Vaccination North-Western Provinces and Oudh 1896-1901 - 1896-1901
Year: 1896
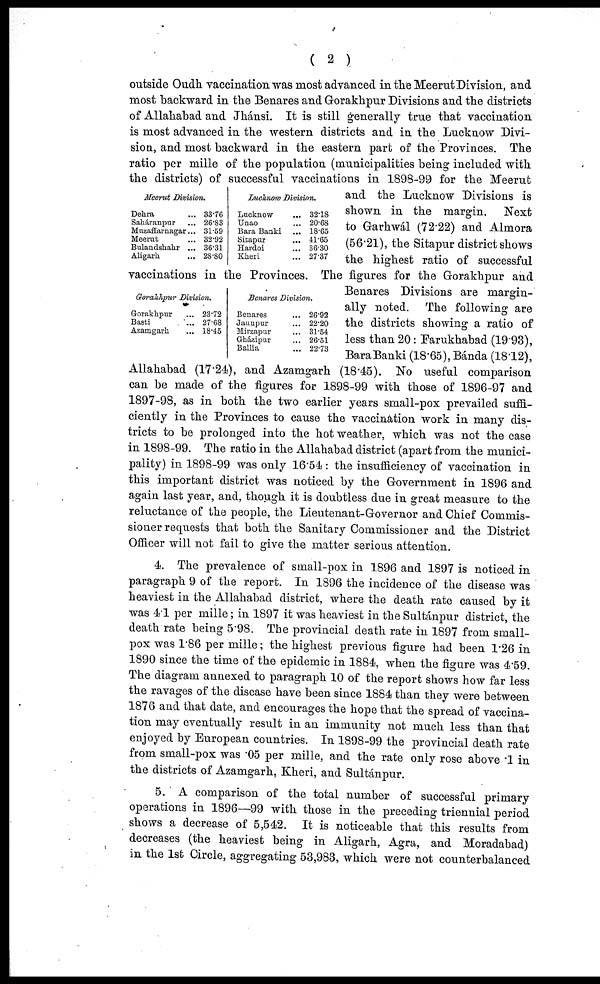
( 2 )
Meerut Division.
Dehra ...
Saháranpur ...
Muzaffarnagar...
Meerut ...
Bulandshahr ...
Aligarh. ...
33.76
26.83
31.59
32.92
36.31
28.80
Lucknow Division.
Lucknow ...
Unao ...
Bara Banki
...
Sitapur ...
Hardoi ...
Kheri ...
32.18
20.68
18.65
41.65
36.30
27.37
Gorakhpur Division.
Gorakhpur ...
Basti ...
Azamgarh ...
23.72
27.68
18.45
Benares Division.
Benares ...
Jaunpur ...
Mirzapur ...
Gházipur ...
Ballia
26.92
22.20
31.54
26.51
22.73
outside Oudh vaccination was most advanced in the Meerut Division, and
most backward in the Benares and Gorakhpur Divisions and the districts
of Allahabad and Jhánsi. It is still generally true that vaccination
is most advanced in the western districts and in the Lucknow Divi-
sion, and most backward in the eastern part of the Provinces. The
ratio per mille of the population (municipalities being included with
the districts) of successful vaccinations in 1898-99 for the Meerut
and the Lucknow Divisions is
shown in the margin.
Next
to Garhwál (72.22) and Almora
(56.21), the Sitapur district shows
the highest ratio of successful
vaccinations in the Provinces. The figures for the Gorakhpur and
Benares Divisions are margin-
ally noted. The following are
the districts showing a ratio of
less than 20: Farukhabad (19.93),
Bara Banki (18.65), Bánda (18.12),
Allahabad (17.24), and Azamgarh (18.45). No useful comparison
can be made of the figures for 1898-99 with those of 1896-97 and
1897-98, as in both the two earlier years small-pox prevailed suffi-
ciently in the Provinces to cause the vaccination work in many dis-
tricts to be prolonged into the hot weather, which was not the case
in 1898-99. The ratio in the Allahabad district (apart from the munici-
pality) in 1898-99 was only 16.54: the insufficiency of vaccination in
this important district was noticed by the Government in 1896 and
again last year, and, though it is doubtless due in great measure to the
reluctance of the people, the Lieutenant-Governor and Chief Commis-
sioner requests that both the Sanitary Commissioner and the District
Officer will not fail to give the matter serious attention.
4. The prevalence of small-pox in 1896 and 1897 is noticed in
paragraph 9 of the report. In 1896 the incidence of the disease was
heaviest in the Allahabad district, where the death rate caused by it
was 4.1 per mille; in 1897 it was heaviest in the Sultánpur district, the
death rate being 5.98. The provincial death rate in 1897 from small-
pox was 1.86 per mille; the highest previous figure had been 1.26 in
1890 since the time of the epidemic in 1884, when the figure was 4.59.
The diagram annexed to paragraph 10 of the report shows how far less
the ravages of the disease have been since 1884 than they were between
1876 and that date, and encourages the hope that the spread of vaccina-
tion may eventually result in an immunity not much less than that
enjoyed by European countries. In 1898-99 the provincial death rate
from small-pox was .05 per mille, and the rate only rose above 1 in
the districts of Azamgarh, Kheri, and Sultánpur.
5. A comparison of the total number of successful primary
operations in 1896—99 with those in the preceding triennial period
shows a decrease of 5,542. It is noticeable that this results from
decreases (the heaviest being in Aligarh, Agra, and Moradabad)
in the 1st Circle, aggregating 53,983, which were not counterbalanced